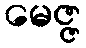
မေဇ္ဇ